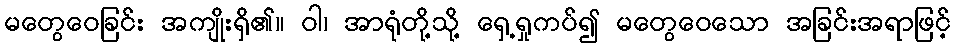
မတွေဝေခြင်း အကျိုးရှိ၏။ ဝါ၊ အာရုံတို့သို့ ရှေ့ရှုကပ်၍ မတွေဝေသော အခြင်းအရာဖြင့်